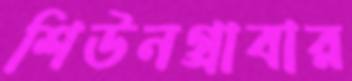
শিউনগ্রাবার